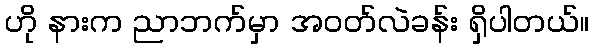
ဟို နားက ညာဘက်မှာ အဝတ်လဲခန်း ရှိပါတယ်။